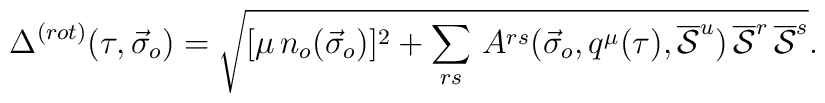
\Delta^{(rot)}(\tau ,{\vec \sigma}_o) = \sqrt{ [\mu\,n_o({\vec \sigma}_o)]^2 + \sum_{rs}\,A^{rs}({\vec \sigma}_o,q^{\mu}(\tau ), \overline{\cal S}^u )\, \overline{\cal S}^r\,\overline{\cal S}^s}.